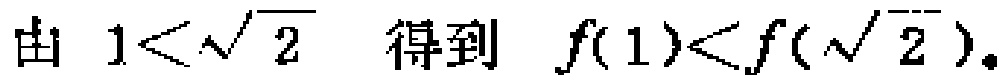
由 \(1<\sqrt{2}\) 得到 \(f(1)<f(\sqrt{2})\)。